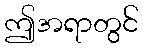
ဤအရာတွင်